Vital statistics of India. Vol. IV, Annual returns from 1871 to 1876. British Army of India, Native Army and jails of Bengal
Year: 1871
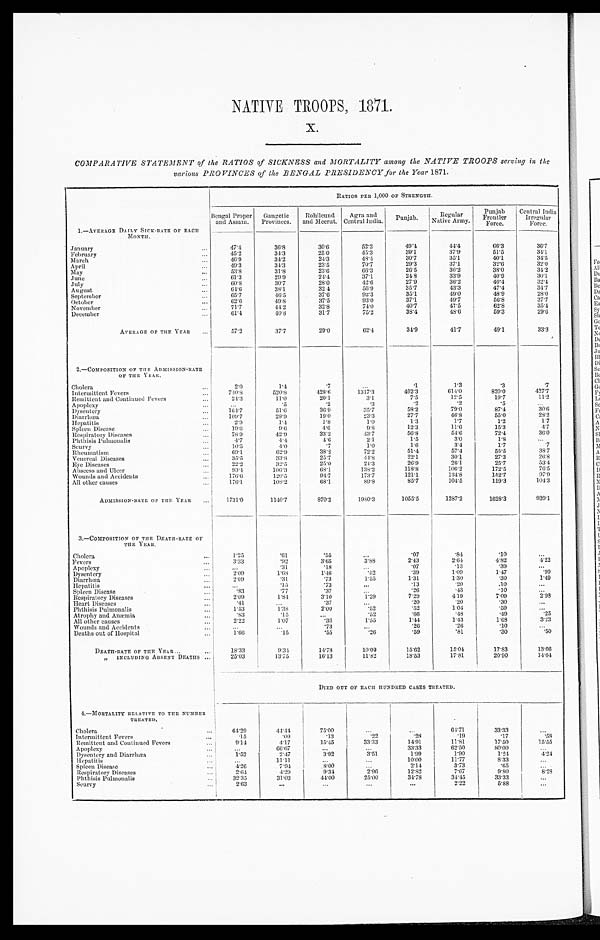
NATIVE TROOPS, 1871.
X.
COMPARATIVE STATEMENT of the RATIOS of SICKNESS and MORTALITY among the NATIVE TROOPS serving in the
various PROVINCES of the BENGAL PRESIDENCY for the Year 1871.
1.—AVERAGE DAILY SICK-RATE OF EACH
MONTH.
RATIOS PER 1,000 OF STRENGTH.
Bengal Proper
and Assam.
Gangetic
Provinces.
Rohileund
and Meerut.
Agra and
Central India. Punjab.
Regular
Native Army.
Punjab
Frontier
Force.
Central India
Irregular
Force.
January
4 7 . 4
3 6 . 8
30.6
52.3
49.4
44.4
6 6 . 3
36.7
February
4 5 . 2
34.3
2 5 . 0
45.3
39.1
3 7 . 9
51.5
34.1
March
46.9
34.2
2 4 . 3
48.4
3 0 . 7
35.1
4 0 . 1
34.5
Ap r i l
4 9 . 3
34.3
23.5
70.7
2 9 . 3
3 7 . 1
3 2 . 6
32.0
May
53.8
31.8
23.6
66.3
26.5
36.2
38.0
34.2
June
61.3
2 9 . 9
2 4 . 4
37.1
2 4 . 8
3 3 . 9
40. 9
30.1
July
60.8
30.7
28.0
42.6
27.9
3 6 . 2
4 0 . 4
32.4
August
6 4 . 6
38.1
3 2 . 4
56.9
35.7
43.3
47.4
34.7
September
6 5 . 7
4 6 . 5
37.6
92.3
35.1
49.0
48. 9
28.0
October
62. 6
49.8
37.5
93.0
37.1
4 9 . 7
56.8
37.7
November
71.7
44.2
32.8
74.0
40.7
47. 5
6 2 . 8
3 5 . 4
December
6 1 . 4
40.8
31.7
75.2
3 8 . 4
4 8 . 6
5 9 . 3
29.6
AVERAGE Of THE YEAR
57.2
37.7
29.0
62.4
34. 9
41.7
49.1
33.3
2.—COMPOSITION OF THE ADMISSION-RATE
O F T H E Y E A R .
Cholera
2.0
1. 4
.7
. . .
. 1
1.3
.3
. 7
Intermittent Fevers
740.8
520.8
428.6
1317.3
462.3
614.0
820.0
427.7
Remittent and Continued Fevers
24. 3
11.0
20.1
3.1
7.5
12.5
19.7
11.2
Apoplexy
...
.5
.2
. 3.2
.2
.5
. . .
Dysentery
164. 7
51. 6
36.9
35.7
58.2
79.0
87.4
30.6
Diarrhœa
109.7
28. 9
19.0
23.3
27. 7
46.8
55.0
28.2
Hepatitis
2 . 9
1. 4
1.8
1.0
1.3
1.7
1.2
1.7
Spleen Disease
19. 6
9 . 6
4 . 6
9.8
12.3
11.6
15.3
4.7
Respiratory Diseases
78.9
42.9
33.2
43.7
56.8
54.6
72. 4
36.0
Phthisis Pulmonalis
4 . 7
4. 4
4 . 6
2.1
1.5
3.0
1 . 8
...
Scurvy
10. 5
4. 0
.7
1.0
1.6
3.4
1.7
.7
Rheumatism
69.1
62.9
3 8 . 2
72.2
51.4
57.4
55.5
38.7
Venereal Diseases
35.5
33.8
25.7
44.8
2 2 . 1
3 0 . 1
2 7 . 3
26.8
Eye Diseases
2 2 . 2
32.5
25. 0
24.3
26.9
26. 1
25. 7
53.4
Abscess and Ulcer
9 3 . 4
106.3
6 8 . 1
138. 2
118.8
106.2
172.5
76.5
Wounds and Accidents
176.6
120.5
94.7
173.7
121.1
134.8
152.7
97.9
All other causes
176.1
108.2
68.1
89.8
8 5 . 7
1 0 4 . 5
1 1 9 . 3
104.3
ADMISSION-RATE OF THE YEAR
1731.0
1140.7
870. 2
1980.3
1055.5
1287.2
1628.3
939.1
3.—COMPOSITION OF THE DEATH-RATE OF
THE YE A R .
Cholera
1 . 2 5
.61
.55
. . . .07
.84
.10
. . .
Fevers
3 . 3 3
. 9 2
3.65
3.88
2.43
2.64
4. 82
4.22
Apoplexy
. . .
. 3 1
.18
. . ..07
.13
.39
. . .
Dysentery
2.09
1. 68
1.46
. 5 2 .39
1.09
1.47
.99
Diarrhœa
2.09
.31
.73
1.55
1.31
1.30
.30
1.49
Hepatitis
...
.15
.73
...
.13
.20
.10
. . .
Spleen Disease
.83
.77
. 3 7
. . . .26
. 4 3
. 1 0
. . .
Respiratory Diseases
2 . 0 9
1. 84
3 . 1 0
1.29
7.29
4. 19
7.09
2.98
Heart Diseases
. 4
1
. . .
.37
...
. 2 0
.20
. 3 0
. . .
Phthisis Pulmonal is
1.53
1.38
2.00
. 5 2 .52
1.04
.59
. . .
Atrophy and Anæmia
.83
.15
...
.52
.66
.48
.49
.25
All other causes
2.22
1.07
.36
1.55
1.44
1.43
1. 68
3.23
... ...
. 7 3
. . . .26
. 2 6
.10
. . .
1 . 6 6
.15
.55
. 2 6 .59
.81
.30
. 5 0
DEATH-RATE OF T
Wounds and Accidents
Deaths out of Hospital
HE
YEAR
18.33
9.34
14. 78
10.09
15.62
15. 04
17.83
13.66
" INCLUDING ABSENT DEATHS
25.03
13.75
16.13
11.82
18.53
17.81
20.90
14.64
DIED OUT OFE A C H H U N D R E D C A S E S T R E A T E D .
4.—MORTALITY RELATIVE TO THE NUMBER
TREATED.
Cholera
64.29
44.44
75.00
...
...
64.71
33. 33
. . .
Intermittent Fevers
.15
.09
.13
.22
.28
.19
.17
. 5 8
Remittent and Continued Fevers
9.14
4.17
15.45
33.33
14. 91
11.81
17. 50
15.55
Apoplexy
. . .
66.67
. . .
...
33.33
62.50
80.00
. . .
Dysentery and Diarrhœa
1.52
2.47
3.92
3.51
1.99
1.90
1.24
4 . 2 4
Hepat i t i s
. . .
11.11
...
...
10.00
11.77
8.33
...
Spleen Disease
4.26
7.94
8.00
...
2.14
3.73
. 6 5
. . .
Respiratory Diseases
2.64
4.29
9.34
2.96
12.82
7.67
9. 80
8.28
Phthisis Pulmonalis
32.35
31.03
44.00
25.00
34.78
34.45
33.33
. . .
Scurvy
2.63
...
. . .
...
...
2.22
5. 88
. . .